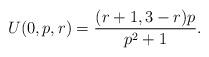
LaTeX: \begin{align*}U(0, p, r)=\frac{(r+1, 3-r)p}{p^2+1}.\end{align*}